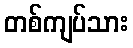
တစ်ကျပ်သား